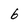
Character: 6